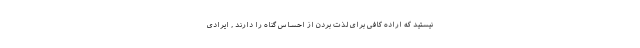
نیستید که اراده کافی برای لذت بردن از احساس گناه را دارند , ایرادی